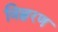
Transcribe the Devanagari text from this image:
विह्वरण